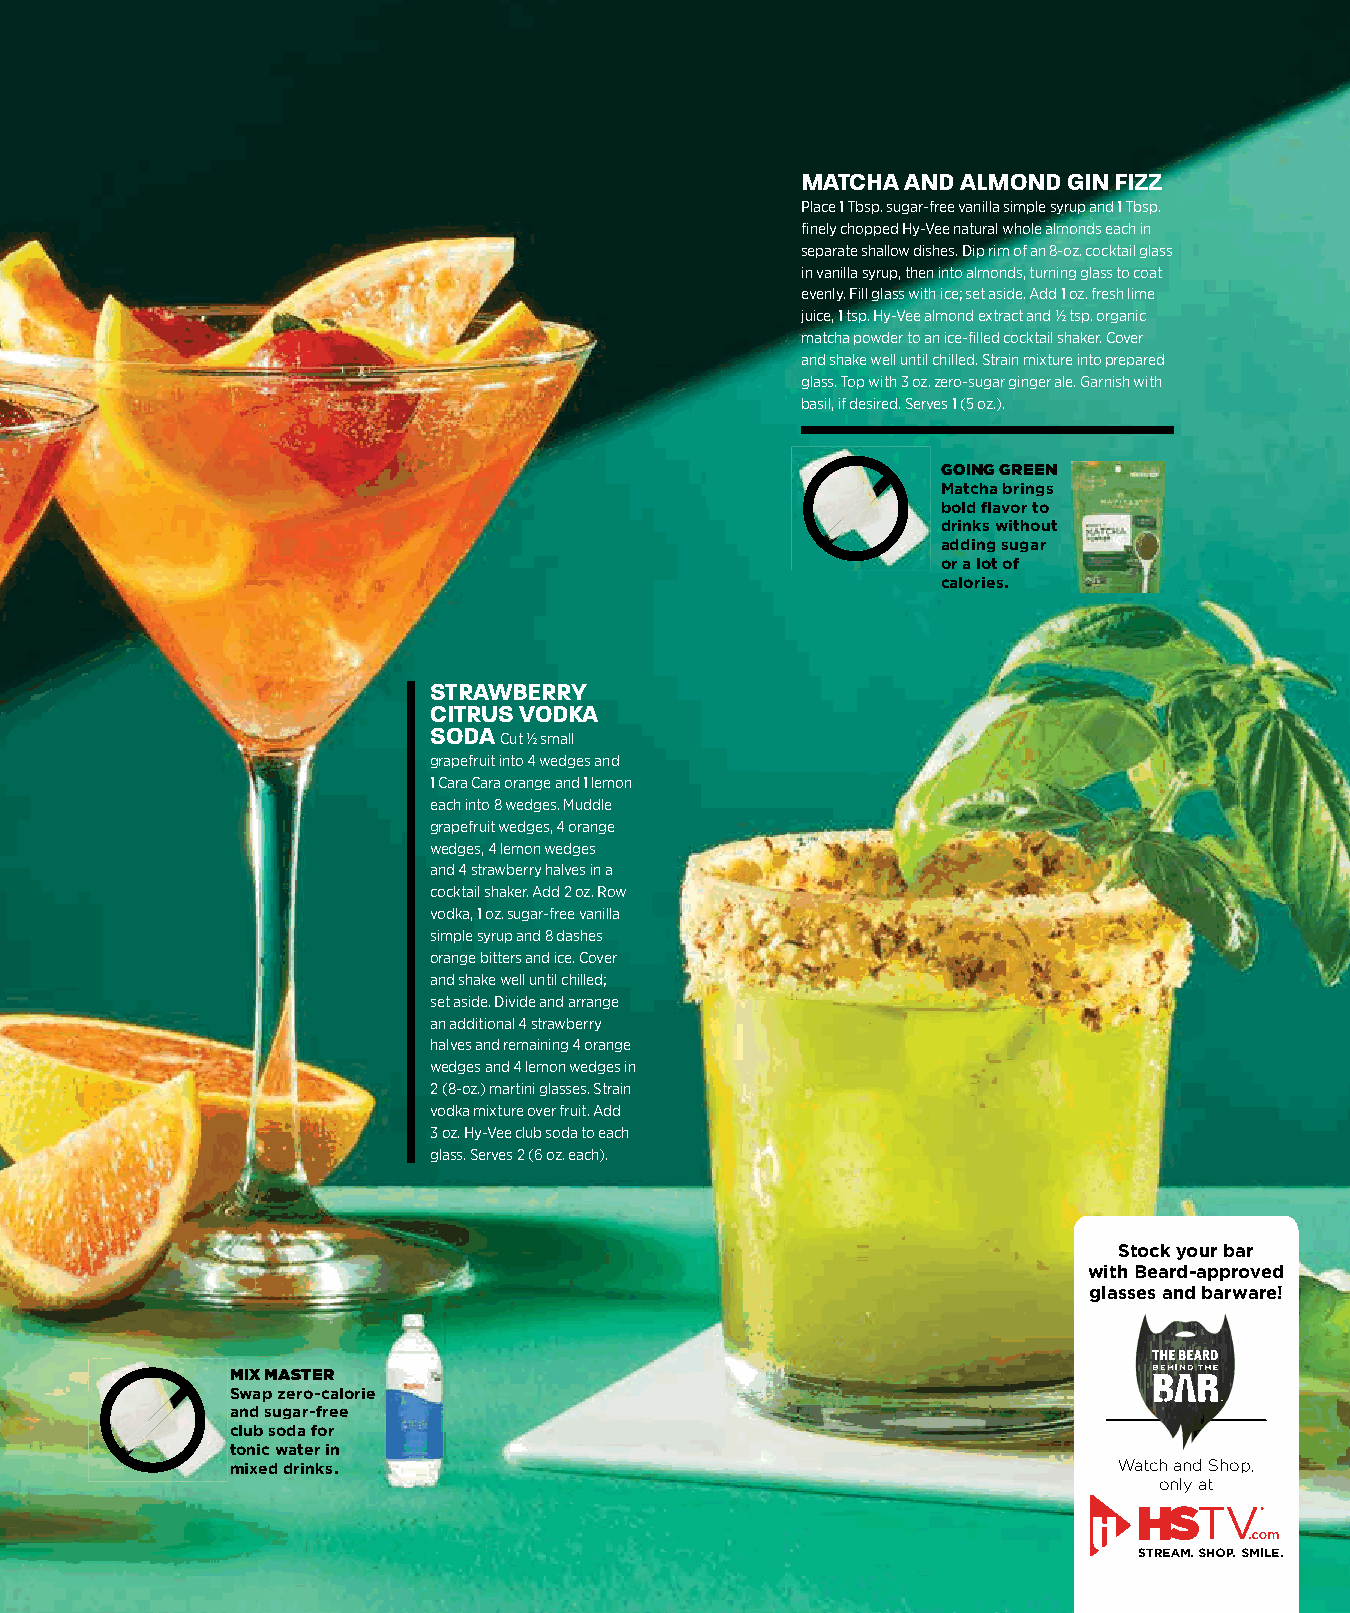
MATCHA AND ALMOND GIN FIZZ
 Place 1 Tbsp. sugar-free vanilla simple syrup and 1 Tbsp.
 fi nely chopped Hy-Vee natural whole almonds each in
 separate shallow dishes. Dip rim of an 8-oz. cocktail glass
 in vanilla syrup, then into almonds, turning glass to coat
 evenly. Fill glass with ice; set aside. Add 1 oz. fresh lime
 juice, 1 tsp. Hy-Vee almond extract and ½ tsp. organic
 matcha powder to an ice-fi lled cocktail shaker. Cover
 and shake well until chilled. Strain mixture into prepared
 glass. Top with 3 oz. zero-sugar ginger ale. Garnish with
 basil, if desired. Serves 1 (5 oz.).
 GOING GREEN
 Matcha brings
 bold flavor to
 drinks without
 adding sugar
 or a lot of
 calories.
 STRAWBERRY
 CITRUS VODKA
 SODA Cut ½ small
 grapefruit into 4 wedges and
 1 Cara Cara orange and 1 lemon
 each into 8 wedges. Muddle
 grapefruit wedges, 4 orange
 wedges, 4 lemon wedges
 and 4 strawberry halves in a
 cocktail shaker. Add 2 oz. Row
 vodka, 1 oz. sugar-free vanilla
 simple syrup and 8 dashes
 orange bitters and ice. Cover
 and shake well until chilled;
 set aside. Divide and arrange
 an additional 4 strawberry
 halves and remaining 4 orange
 wedges and 4 lemon wedges in
 2 (8-oz.) martini glasses. Strain
 vodka mixture over fruit. Add
 3 oz. Hy-Vee club soda to each
 glass. Serves 2 (6 oz. each).
 Stock your bar
 with Beard-approved
 glasses and barware!
 MIX MASTER
 Swap zero-calorie
 and sugar-free
 club soda for
 tonic water in
 mixed drinks.                                              Watch and Shop,
 only at
 004422--004455 WWSS LLooww SSuuggaarr CCoocckkttaaiillss__1111..2299..iinndddd 4455 1111//2299//2211 1100::2244 AAMM